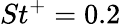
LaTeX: {St^{+}}=0.2